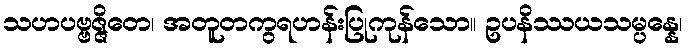
သဟပဗ္ဗဇ္ဇိတေ၊ အတူတကွရဟန်းပြုကုန်သော။ ဥပနိဿယသမ္ပန္နေ၊